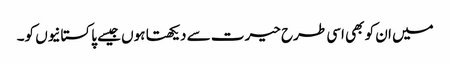
میں ان کو بھی اسی طرح حیرت سے دیکھتا ہوں جیسے پاکستانیوں کو۔